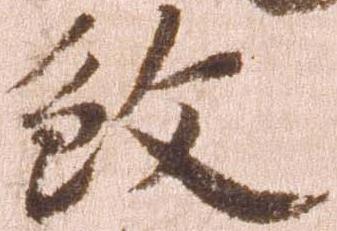
殺